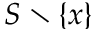
S \setminus \{ x \}